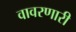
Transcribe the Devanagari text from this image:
वावरणारी